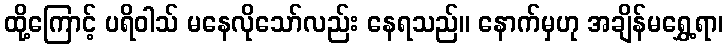
ထို့ကြောင့် ပရိဝါသ် မနေလိုသော်လည်း နေရသည်။ နောက်မှဟု အချိန်မရွှေ့ရာ၊